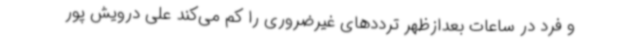
و فرد در ساعات بعدازظهر ترددهای غیرضروری را کم می‌کند علی درویش پور